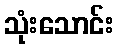
သုံးသောင်း